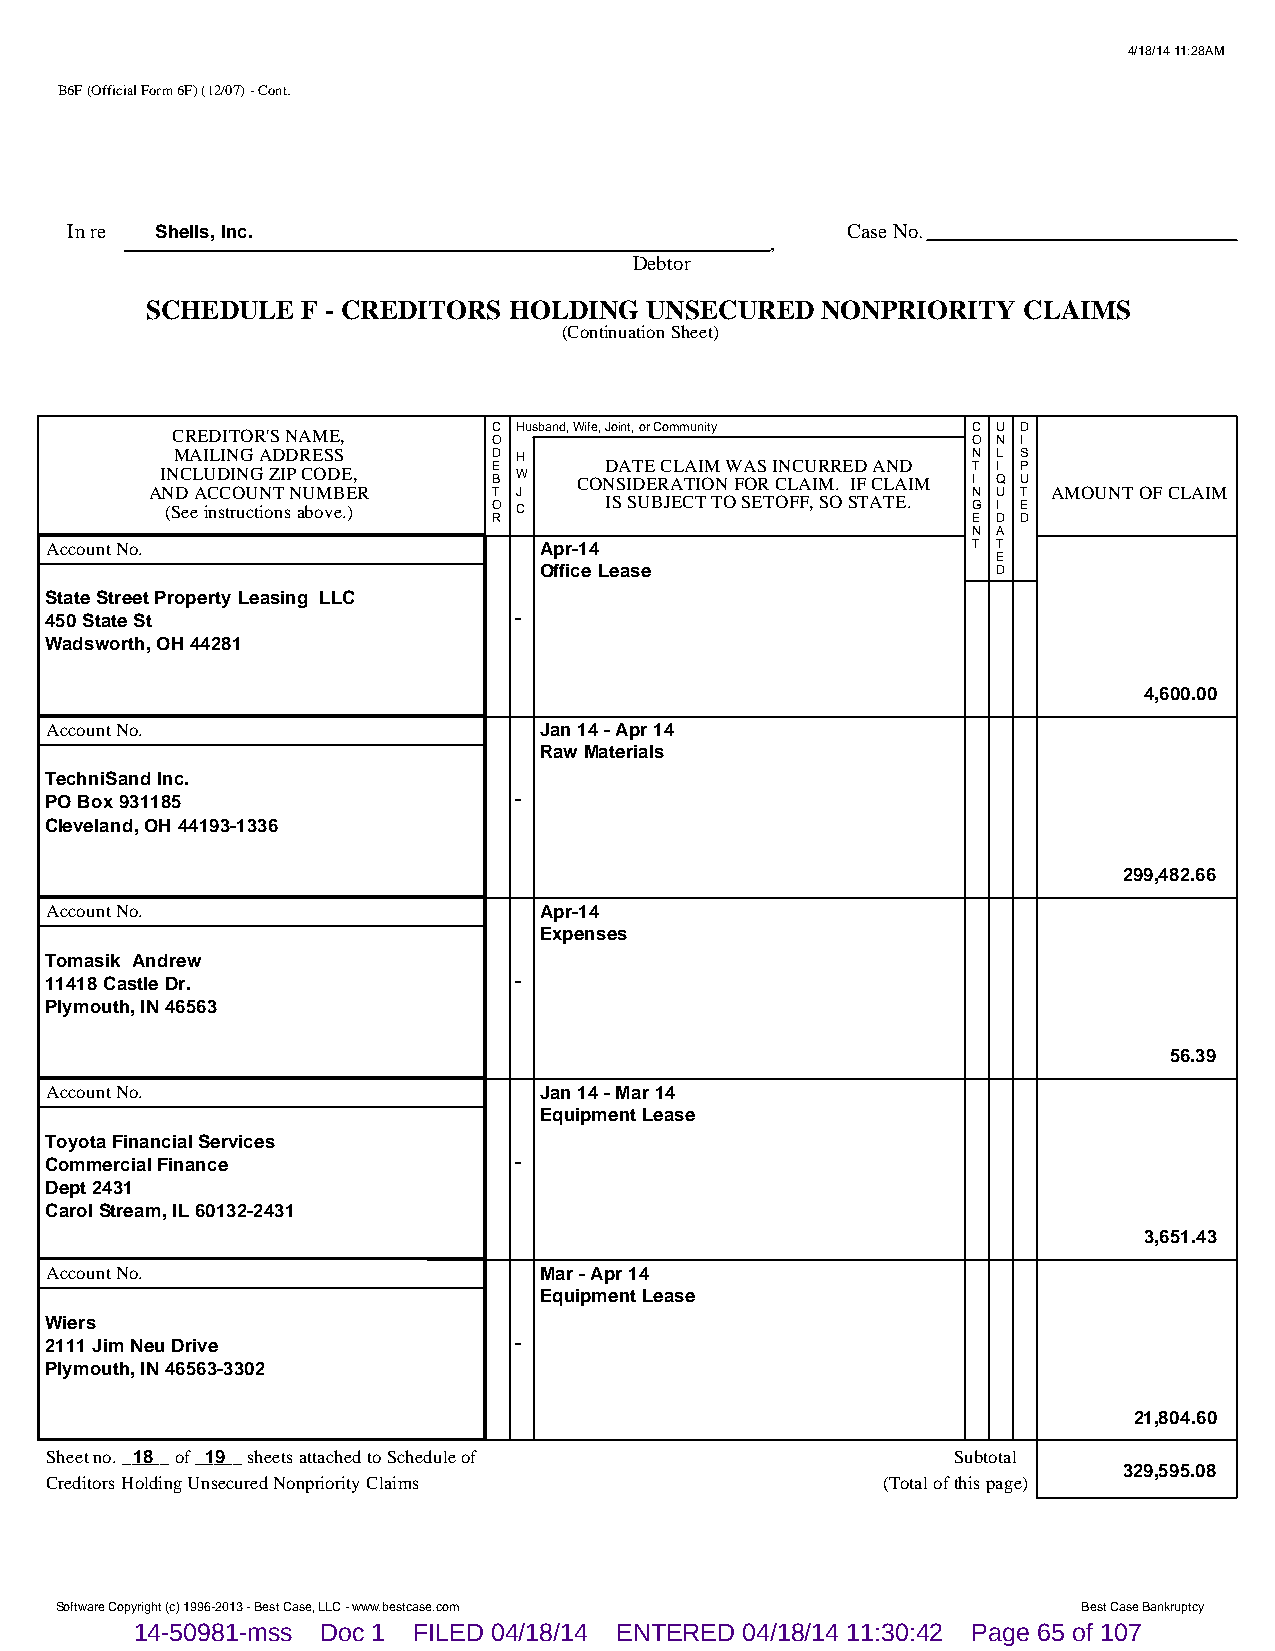
4/18/14 11:28AM
 B6F (Official Form 6F) (12/07) - Cont.
 In re Shells, Inc.                                  Case No.
 ,
 Debtor
 SCHEDULE  F - CREDITORS HOLDING  UNSECURED  NONPRIORITY   CLAIMS
 (Continuation Sheet)
 CREDITOR'S NAME,      C Husband, Wife, Joint, or Community C U D
 O                              O N I
 MAILING ADDRESS       D H                            N L S
 INCLUDING ZIP CODE,   E B W COND SA IT DE E RC AL TA II OM N W FA OS R I CN LC AU IR MR . E ID F CA LN AD IM T I I Q P U
 AND ACCOUNT NUMBER     T J                            N U T AMOUNT OF CLAIM
 (See instructions above.) O C IS SUBJECT TO SETOFF, SO STATE. G I E
 R                              E D D
 N A
 Account No.                      Apr-14                      T T
 E
 Office Lease                  D
 State Street Property Leasing LLC
 450 State St                   -
 Wadsworth, OH 44281
 4,600.00
 Account No.                      Jan 14 - Apr 14
 Raw Materials
 TechniSand Inc.
 PO Box 931185                  -
 Cleveland, OH 44193-1336
 299,482.66
 Account No.                      Apr-14
 Expenses
 Tomasik Andrew
 11418 Castle Dr.               -
 Plymouth, IN 46563
 56.39
 Account No.                      Jan 14 - Mar 14
 Equipment Lease
 Toyota Financial Services
 Commercial Finance             -
 Dept 2431
 Carol Stream, IL 60132-2431
 3,651.43
 Account No.                      Mar - Apr 14
 Equipment Lease
 Wiers
 2111 Jim Neu Drive             -
 Plymouth, IN 46563-3302
 21,804.60
 Sheet no. __1_8__ of __1_9__ sheets attached to Schedule of Subtotal
 329,595.08
 Creditors Holding Unsecured Nonpriority Claims         (Total of this page)
 Software Copyright (c) 1996-2013 - Best Case, LLC - www.bestcase.com Best Case Bankruptcy
 14-50981-mss Doc 1 FILED 04/18/14 ENTERED 04/18/14 11:30:42 Page 65 of 107